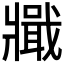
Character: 𤖞